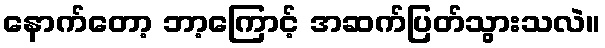
နောက်တော့ ဘာ့ကြောင့် အဆက်ပြတ်သွားသလဲ။